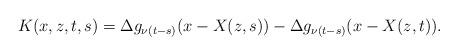
LaTeX: \begin{align*}K(x,z,t,s) = \Delta g_{\nu (t-s)} (x - X(z,s)) - \Delta g_{\nu (t-s) } (x - X(z,t)). \end{align*}